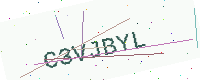
Text: C3VJBYL